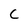
Character: C